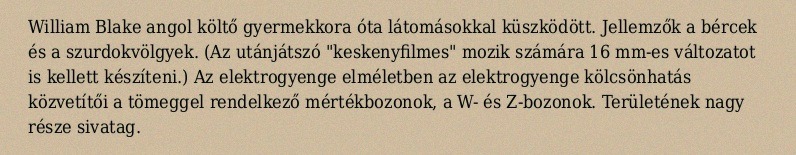
William Blake angol költő gyermekkora óta látomásokkal küszködött. Jellemzők a bércek és a szurdokvölgyek. (Az utánjátszó "keskenyfilmes" mozik számára 16 mm-es változatot is kellett készíteni.) Az elektrogyenge elméletben az elektrogyenge kölcsönhatás közvetítői a tömeggel rendelkező mértékbozonok, a W- és Z-bozonok. Területének nagy része sivatag.